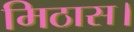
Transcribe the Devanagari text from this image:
मिठास।